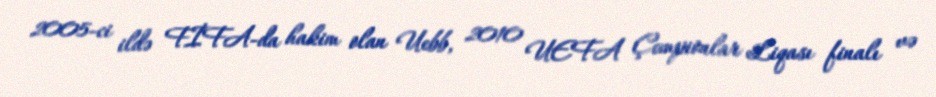
2005-ci ildə FİFA-da hakim olan Uebb, 2010 UEFA Çempionlar Liqası finalı və